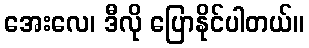
အေးလေ၊ ဒီလို ပြောနိုင်ပါတယ်။